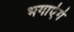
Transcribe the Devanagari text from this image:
भगाएंगे